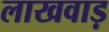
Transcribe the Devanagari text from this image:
लाखवाड़